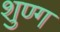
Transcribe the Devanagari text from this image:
शुण्ग